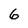
Character: 6